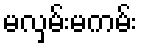
မလှမ်းမကမ်း